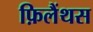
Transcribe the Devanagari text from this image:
फ़िलैंथस